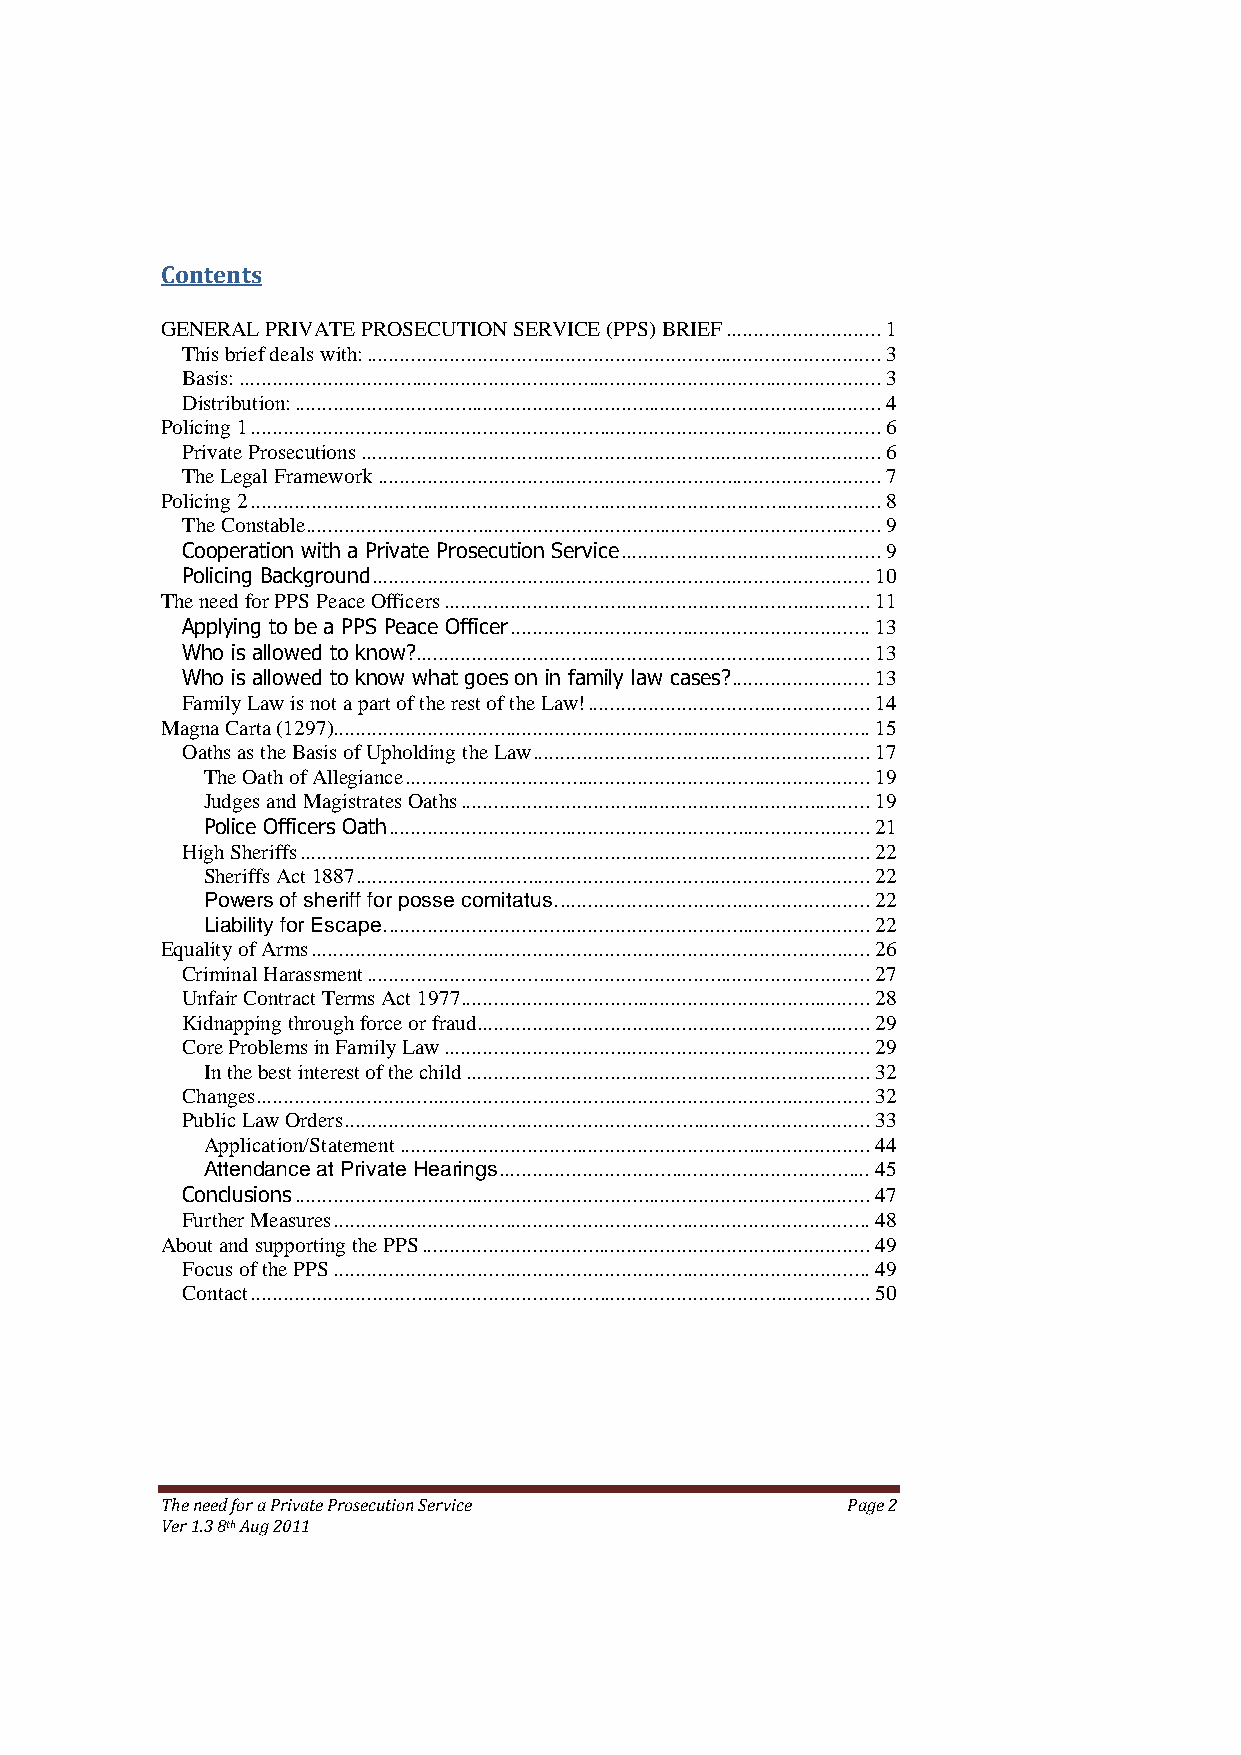
Contents
 GENERAL PRIVATE PROSECUTION SERVICE (PPS) BRIEF ............................ 1
 This brief deals with: ............................................................................................. 3
 Basis: .................................................................................................................... 3
 Distribution: .......................................................................................................... 4
 Policing 1 .................................................................................................................. 6
 Private Prosecutions .............................................................................................. 6
 The Legal Framework ........................................................................................... 7
 Policing 2 .................................................................................................................. 8
 The Constable........................................................................................................ 9
 Cooperation with a Private Prosecution Service ............................................... 9
 Policing Background .......................................................................................... 10
 The need for PPS Peace Officers ............................................................................. 11
 Applying to be a PPS Peace Officer ................................................................. 13
 Who is allowed to know? .................................................................................. 13
 Who is allowed to know what goes on in family law cases? ......................... 13
 Family Law is not a part of the rest of the Law! ................................................... 14
 Magna Carta (1297)................................................................................................. 15
 Oaths as the Basis of Upholding the Law ............................................................. 17
 The Oath of Allegiance .................................................................................... 19
 Judges and Magistrates Oaths .......................................................................... 19
 Police Officers Oath ....................................................................................... 21
 High Sheriffs ....................................................................................................... 22
 Sheriffs Act 1887 ............................................................................................. 22
 Powers of sheriff for posse comitatus. ........................................................ 22
 Liability for Escape. ....................................................................................... 22
 Equality of Arms ..................................................................................................... 26
 Criminal Harassment ........................................................................................... 27
 Unfair Contract Terms Act 1977 .......................................................................... 28
 Kidnapping through force or fraud ....................................................................... 29
 Core Problems in Family Law ............................................................................. 29
 In the best interest of the child ......................................................................... 32
 Changes ............................................................................................................... 32
 Public Law Orders ............................................................................................... 33
 Application/Statement ..................................................................................... 44
 Attendance at Private Hearings ................................................................... 45
 Conclusions ........................................................................................................ 47
 Further Measures ................................................................................................. 48
 About and supporting the PPS ................................................................................. 49
 Focus of the PPS ................................................................................................. 49
 Contact ................................................................................................................ 50
 The need for a Private Prosecution Service   Page 2
 Ver 1.3 8th Aug 2011